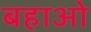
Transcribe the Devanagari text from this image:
बहाओ